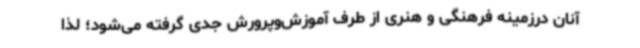
آنان درزمینه فرهنگی و هنری از طرف آموزش‌وپرورش جدی گرفته می‌شود؛ لذا